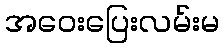
အဝေးပြေးလမ်းမ